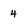
Character: 4